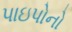
પાઇપોનો